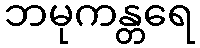
ဘမုကန္တရေ